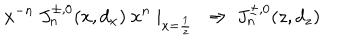
LaTeX: x ^ { - n } \ J _ { n } ^ { \pm , 0 } ( x , d _ { x } ) \ x ^ { n } \mid _ { x = { \frac { 1 } { z } } } \ \Rightarrow \ J _ { n } ^ { \pm , 0 } ( z , d _ { z } )